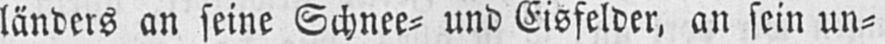
länders an seine Schnee⸗ und Eisfelder, an sein un⸗